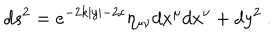
LaTeX: d s ^ { 2 } = e ^ { - 2 k | y | - 2 c } \eta _ { \mu \nu } d x ^ { \mu } d x ^ { \nu } + d y ^ { 2 } ~ . ~ \,